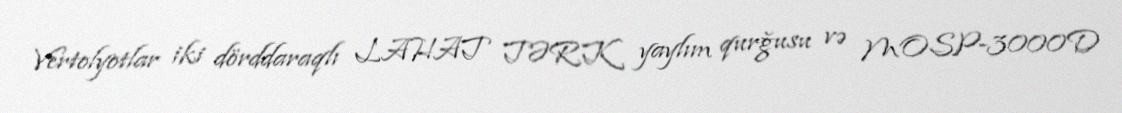
Vertolyotlar iki dörddaraqlı LAHAT TƏRK yaylım qurğusu və MOSP-3000D